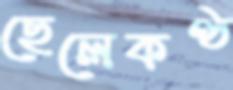
ছেলেকণ্ঠ